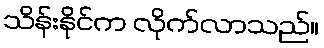
သိန်းနိုင်က လိုက်လာသည်။